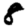
Digit: 8